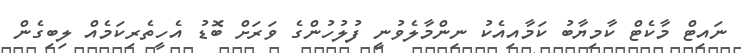
ނައިޓް މާކެޓް ކާމިޔާބު ކަމާއިއެކު ނިންމާލެވުނީ ފުލުހުންގެ ވަރަށް ބޮޑު އެހީތެރިކަމެއް ލިބިގެން